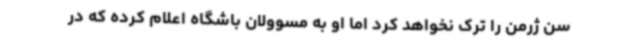
سن ژرمن را ترک نخواهد کرد اما او به مسوولان باشگاه اعلام کرده که در